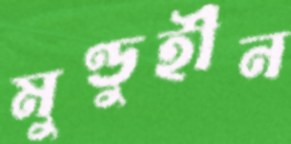
মুণ্ডুহীন